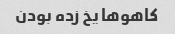
کاهوها یخ زده بودن